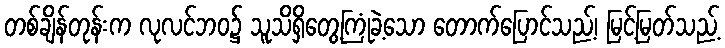
တစ်ချိန်တုန်းက လုလင်ဘဝ၌ သူသိရှိတွေ့ကြုံခဲ့သော တောက်ပြောင်သည့်၊ မြင့်မြတ်သည့်